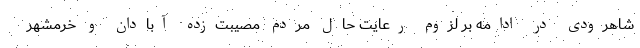
شاهرودی در ادامه بر لزوم رعایت حال مردم مصیبت‌زده آبادان و خرمشهر